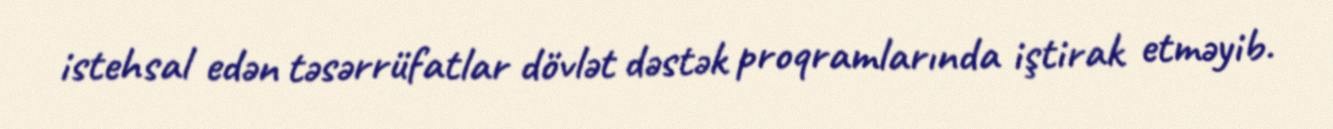
istehsal edən təsərrüfatlar dövlət dəstək proqramlarında iştirak etməyib.